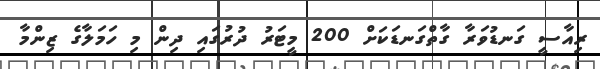
ރިއާސީ ގަނޑުވަރާ ގާތްގަނޑަކަށް 200 މީޓަރު ދުރުގައި ދިން މި ހަމަލާގެ ޒިންމާ